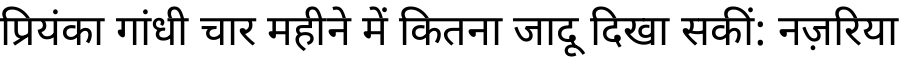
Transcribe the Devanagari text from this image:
प्रियंका गांधी चार महीने में कितना जादू दिखा सकीं: नज़रिया